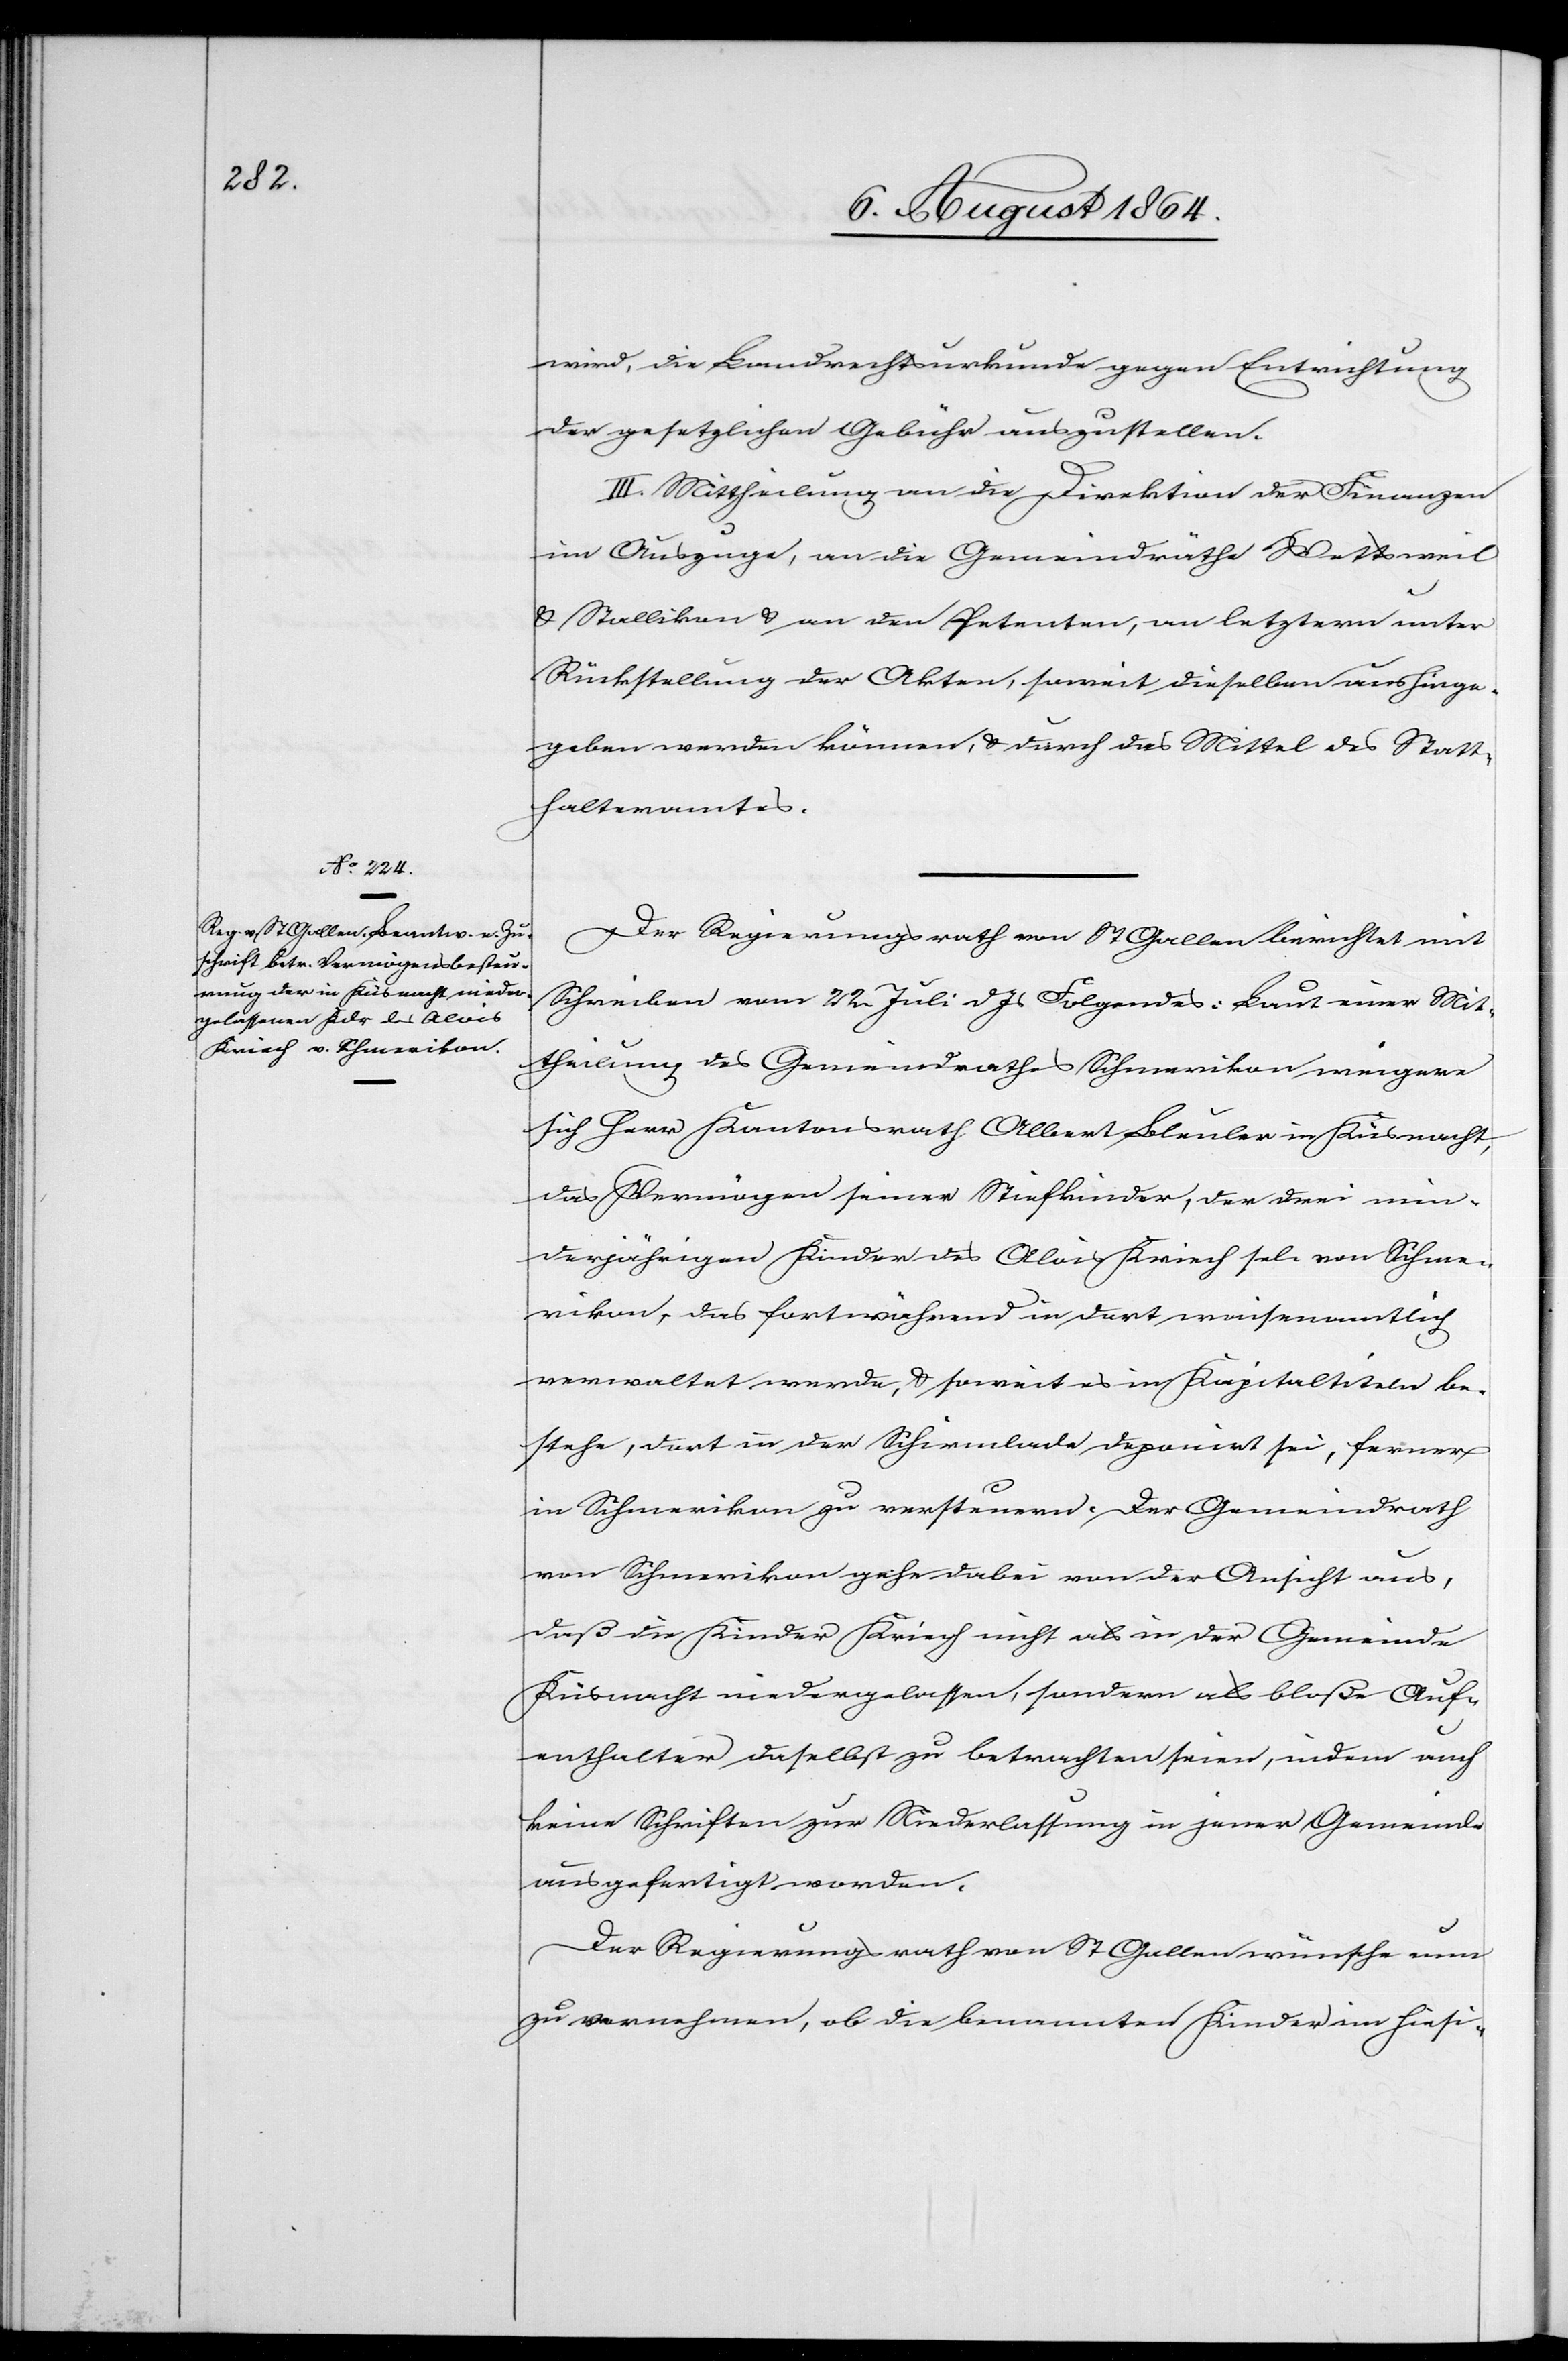
wird, die Landrechtsurkunde gegen Entrichtung
der gesetzlichen Gebühr auszustellen.
III. Mittheilung an die Direktion der Finanzen
im Auszuge, an die Gemeindräthe Wettsweil
& Stallikon & an den Petenten, an letztern unter
Rückstellung der Akten, soweit dieselben aushinge¬
geben werden können, & durch das Mittel des Statt¬
halteramtes.
Der Regierungsrath von St. Gallen berichtet mit
Schreiben vom 22. Juli d. Js. Folgendes: Laut einer Mit¬
theilung des Gemeindrathes Schmerikon weigere
sich Herr Kantonsrath Albert Bleuler in Küsnacht,
das Vermögen seiner Stiefkinder, der drei min¬
derjährigen Kinder des Alois Kriech sel. von Schme¬
rikon, das fortwährend in dort waisenamtlich
verwaltet werde, & soweit es in Kapitaltiteln be¬
stehe, dort in der Schirmlade deponirt sei, ferner
in Schmerikon zu versteuern. Der Gemeindrath
von Schmerikon gehe dabei von der Ansicht aus,
daß die Kinder Kriech nicht als in der Gemeinde
Küsnacht niedergelassen, sondern als bloße Auf¬
enthalter daselbst zu betrachten seien, indem auch
keine Schriften zur Niederlassung in jener Gemeinde
ausgefertigt worden.
Der Regierungsrath von St. Gallen wünsche nun
zu vernehmen, ob die benannten Kinder im hiesi-